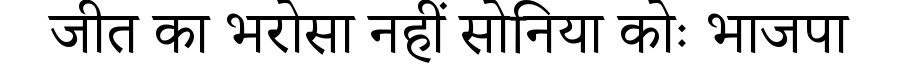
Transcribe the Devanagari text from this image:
जीत का भरोसा नहीं सोनिया कोः भाजपा